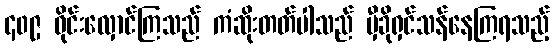
၄၀၉ ဝိုင်းလှောင်ကြသည် ကံဆိုးတတ်ပါသည် မှီခိုရှင်သန်နေကြရသည့်